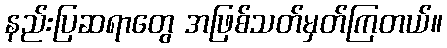
နည်းပြဆရာတွေ အဖြစ်သတ်မှတ်ကြတယ်။